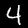
Digit: 4